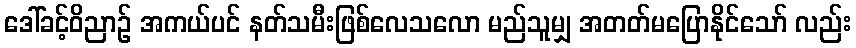
ဒေါ်ခင့်ဝိညာဉ် အကယ်ပင် နတ်သမီးဖြစ်လေသလော မည်သူမျှ အတတ်မပြောနိုင်သော် လည်း